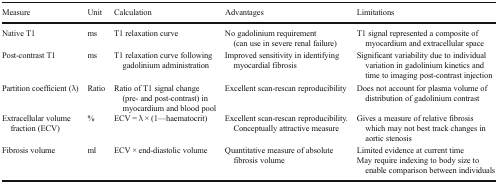
<table><thead><tr><td><b>Measure</b></td><td><b>Unit</b></td><td><b>Calculation</b></td><td><b>Advantages</b></td><td><b>Limitations</b></td></tr></thead><tbody><tr><td>Native T1</td><td>ms</td><td>T1 relaxation curve</td><td>No gadolinium requirement (can use in severe renal failure)</td><td>T1 signal represented a composite of myocardium and extracellular space</td></tr><tr><td>Post-contrast T1</td><td>ms</td><td>T1 relaxation curve following gadolinium administration</td><td>Improved sensitivity in identifying myocardial fibrosis</td><td>Significant variability due to individual variation in gadolinium kinetics and time to imaging post-contrast injection</td></tr><tr><td>Partition coefficient (λ)</td><td>Ratio</td><td>Ratio of T1 signal change (pre- and post-contrast) in myocardium and blood pool</td><td>Excellent scan-rescan reproducibility</td><td>Does not account for plasma volume of distribution of gadolinium contrast</td></tr><tr><td>Extracellular volume fraction (ECV)</td><td>%</td><td>ECV = λ × (1—haematocrit)</td><td>Excellent scan-rescan reproducibility. Conceptually attractive measure</td><td>Gives a measure of relative fibrosis which may not best track changes in aortic stenosis</td></tr><tr><td>Fibrosis volume</td><td>ml</td><td>ECV × end-diastolic volume</td><td>Quantitative measure of absolute fibrosis volume</td><td>Limited evidence at current timeMay require indexing to body size to enable comparison between individuals</td></tr></tbody></table>